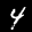
Label: 4